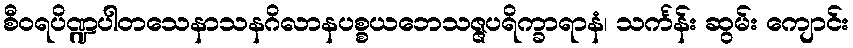
စီဝရပိဏ္ဍပါတသေနာသနဂိလာနပစ္စယဘေသဇ္ဇပရိက္ခာရာနံ၊ သင်္ကန်း ဆွမ်း ကျောင်း